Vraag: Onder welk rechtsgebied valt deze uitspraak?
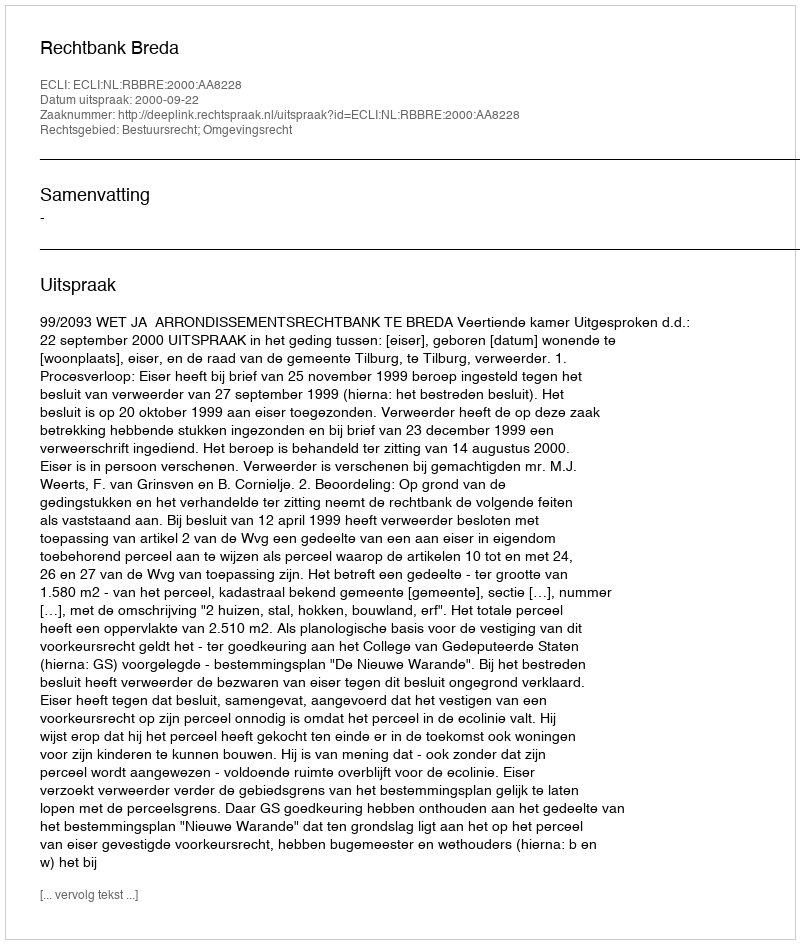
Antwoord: Bestuursrecht; Omgevingsrecht